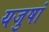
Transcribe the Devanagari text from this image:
यजुषां